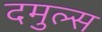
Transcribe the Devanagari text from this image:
दमुल्स